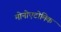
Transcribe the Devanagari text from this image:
मोनोएटोमिक